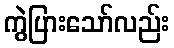
ကွဲပြားသော်လည်း